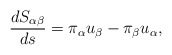
\begin{align*}\frac{dS_{\alpha \beta }}{ds}=\pi _\alpha u_\beta -\pi _\beta u_\alpha ,\end{align*}